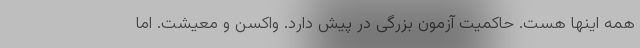
همه اینها هست. حاکمیت آزمون بزرگی در پیش دارد. واکسن و معیشت. اما